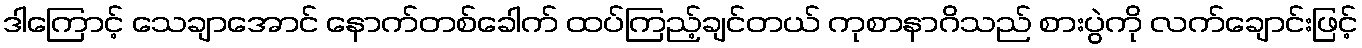
ဒါကြောင့် သေချာအောင် နောက်တစ်ခေါက် ထပ်ကြည့်ချင်တယ် ကုစာနာဂိသည် စားပွဲကို လက်ချောင်းဖြင့်